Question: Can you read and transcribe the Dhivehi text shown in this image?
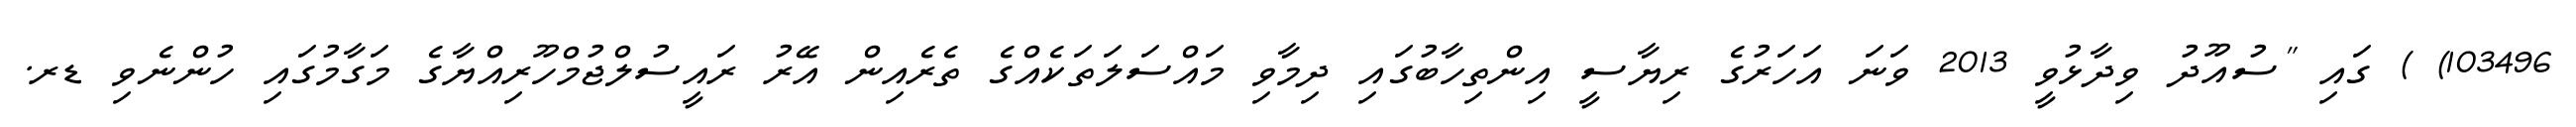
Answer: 103496) ) ގައި "ސުއޫދު ވިދާޅުވީ 2013 ވަނަ އަހަރުގެ ރިޔާސީ އިންތިހާބުގައި ދިމާވި މައްސަލަތަކެއްގެ ތެރެއިން އޭރު ރައީސުލްޖުމްހޫރިއްޔާގެ މަގާމުގައި ހުންނެވި ޑރ.